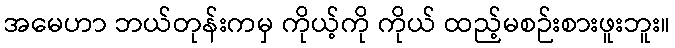
အမေဟာ ဘယ်တုန်းကမှ ကိုယ့်ကို ကိုယ် ထည့်မစဉ်းစားဖူးဘူး။